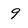
Character: 9